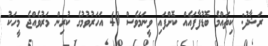
ރަޝާދު: ކިތައްމެ ބޮޑުފާފައެއް ކޮށްފައި ވީނަމަވެސް 40 އަހަރުވުމުގެ ކުރިން މަރުވެއްޖެ މީހަކު